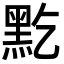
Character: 𪐜